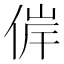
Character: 𠊀